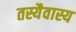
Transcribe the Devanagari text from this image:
तस्यैवास्य